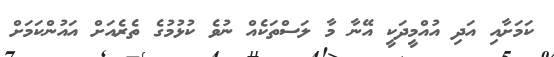
ކަމަށާއި އަދި އުއްމީދަކީ އޭނާ މާ ލަސްތަކެއް ނުވެ ކުޅުމުގެ ތެރެއަށް އައުންކަމަށް